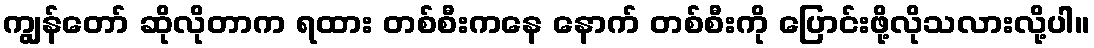
ကျွန်တော် ဆိုလိုတာက ရထား တစ်စီးကနေ နောက် တစ်စီးကို ပြောင်းဖို့လိုသလားလို့ပါ။